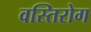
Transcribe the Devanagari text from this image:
वस्तिरोग